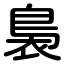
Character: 裊